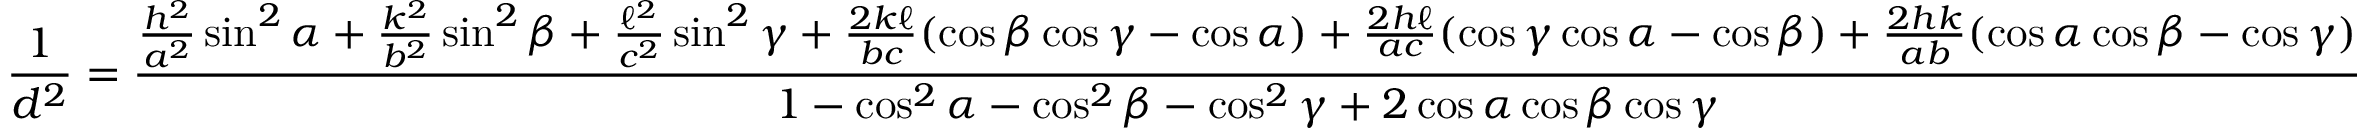
{ \frac { 1 } { d ^ { 2 } } } = { \frac { { \frac { h ^ { 2 } } { a ^ { 2 } } } \sin ^ { 2 } \alpha + { \frac { k ^ { 2 } } { b ^ { 2 } } } \sin ^ { 2 } \beta + { \frac { \ell ^ { 2 } } { c ^ { 2 } } } \sin ^ { 2 } \gamma + { \frac { 2 k \ell } { b c } } ( \cos \beta \cos \gamma - \cos \alpha ) + { \frac { 2 h \ell } { a c } } ( \cos \gamma \cos \alpha - \cos \beta ) + { \frac { 2 h k } { a b } } ( \cos \alpha \cos \beta - \cos \gamma ) } { 1 - \cos ^ { 2 } \alpha - \cos ^ { 2 } \beta - \cos ^ { 2 } \gamma + 2 \cos \alpha \cos \beta \cos \gamma } }